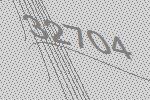
32704